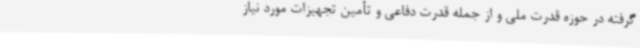
گرفته در حوزه قدرت ملی و از جمله قدرت دفاعی و تأمین تجهیزات مورد نیاز